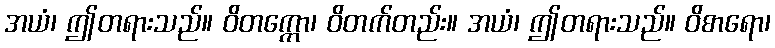
အယံ၊ ဤတရားသည်။ ဝိတက္ကော၊ ဝိတက်တည်း။ အယံ၊ ဤတရားသည်။ ဝိစာရော၊